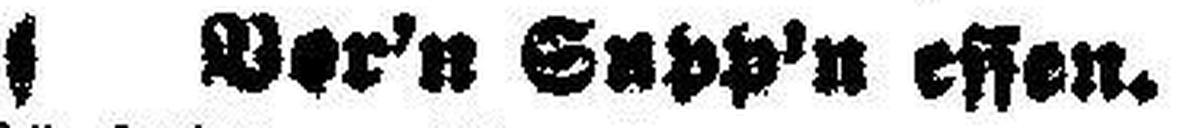
V###'n S###n essen.